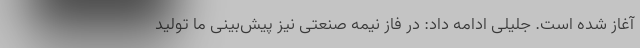
آغاز شده است. جلیلی ادامه داد: در فاز نیمه صنعتی نیز پیش‌بینی ما تولید